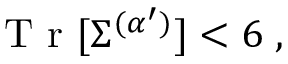
\begin{array} { r } { \mathrm { ~ T ~ r ~ } [ \Sigma ^ { ( \alpha ^ { \prime } ) } ] < 6 \; , } \end{array}